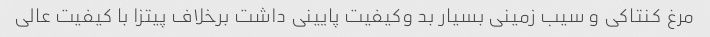
مرغ کنتاکی و سیب زمینی بسیار بد و‌کیفیت پایینی داشت برخلاف پیتزا با کیفیت عالی